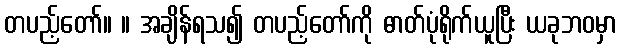
တပည့်တော်။ ။ အချိန်ရသ၍ တပည့်တော်ကို ဓာတ်ပုံရိုက်ယူပြီး ယခုဘဝမှာ